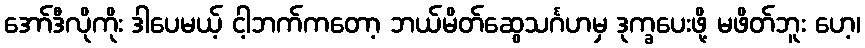
အော်ဒီလိုကိုး ဒါပေမယ့် ငါ့ဘက်ကတော့ ဘယ်မိတ်ဆွေသင်္ဂဟမှ ဒုက္ခပေးဖို့ မဖိတ်ဘူး ဟေ့၊